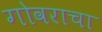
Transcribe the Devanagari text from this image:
गोवराचा